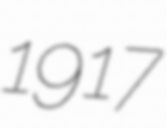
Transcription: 1917